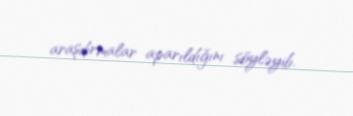
araşdırmalar aparıldığını söyləyib.